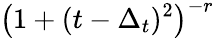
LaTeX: \big(1+(t-\Delta_{t})^{2}\big)^{-r}